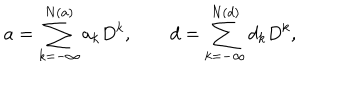
LaTeX: a = \sum _ { k = - \infty } ^ { N ( a ) } a _ { k } D ^ { k } , \qquad d = \sum _ { k = - \infty } ^ { N ( d ) } d _ { k } D ^ { k } ,